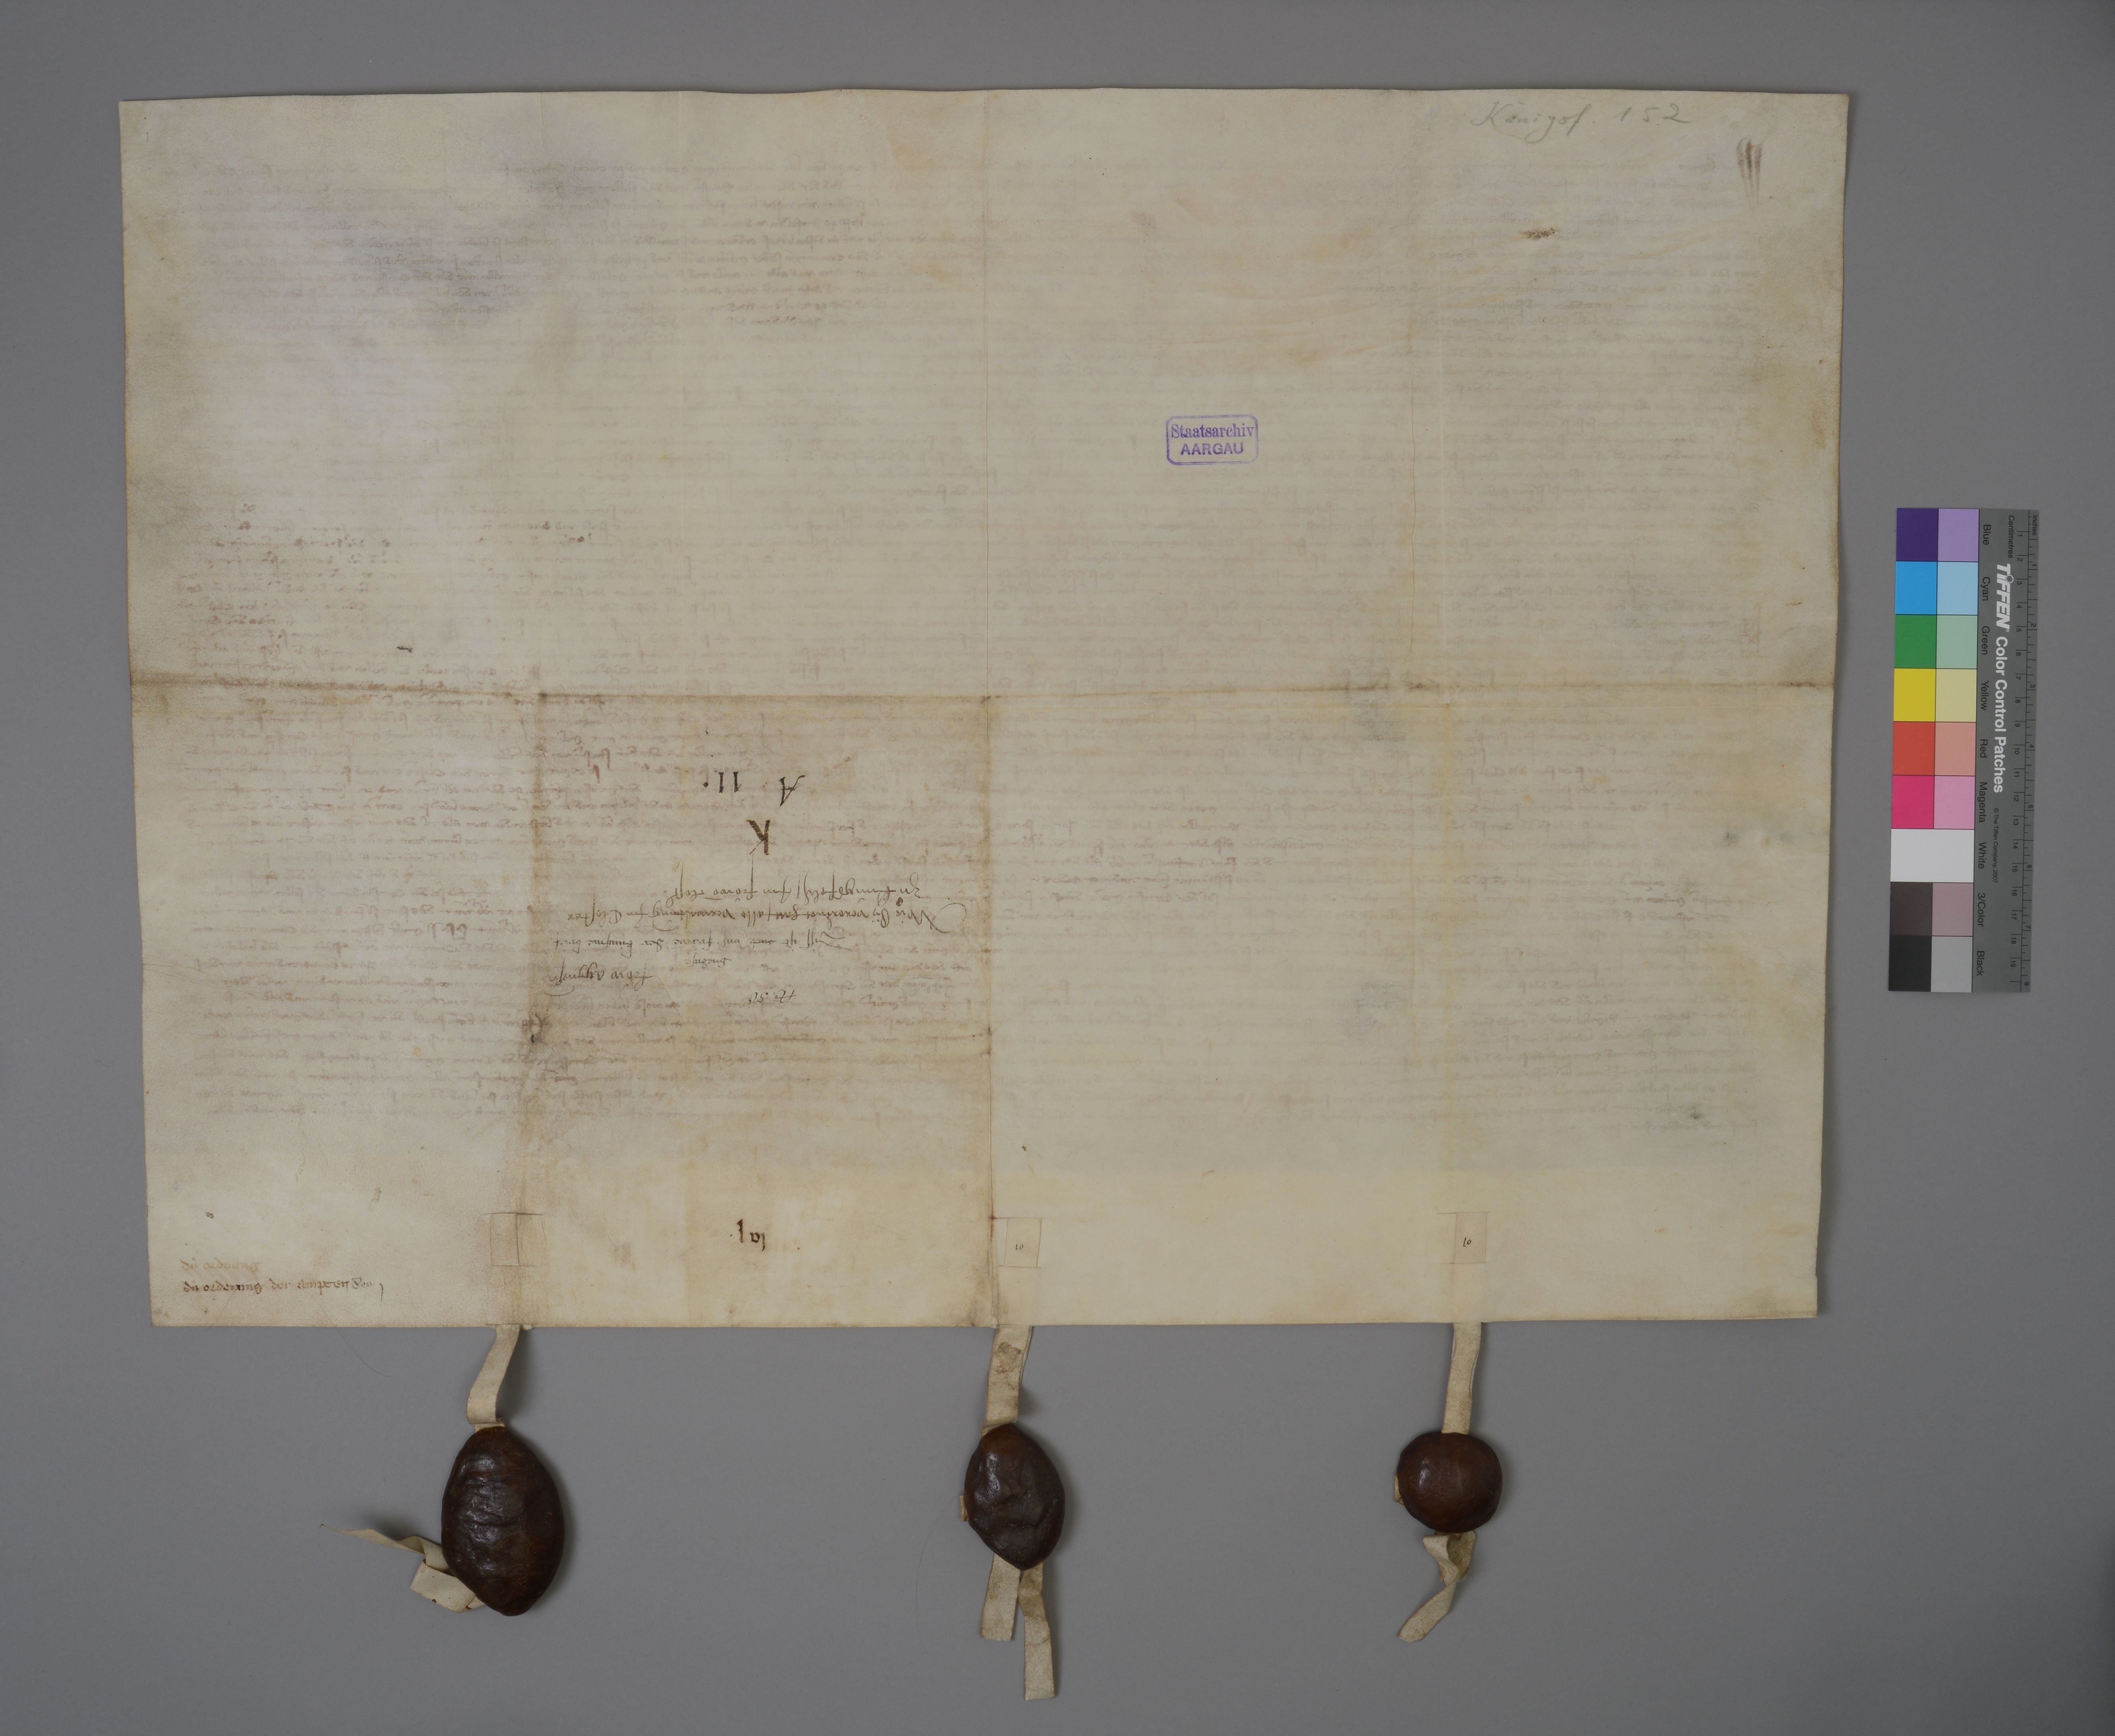
Königsf. 152

Staatsarchiv
AARGAU

✳

Nͦ✳ 50

diss ist ouch unsˀ
gnedige
frowē der kùnginē brief

froͧw Aggnesn̄
wie sy verordnot hatt ✳ alle verwaltùng im closter
zuͦ Kùngsfeld₎ ✳ im froͧwē clostˀ ✳

K
A ✳ 11 ✳

✳ lvj

die ordnung

die ordenung der ampten

der j